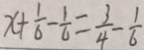
x + \frac { 1 } { 6 } - \frac { 1 } { 6 } = \frac { 3 } { 4 } - \frac { 1 } { 6 }